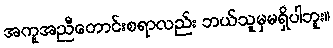
အကူအညီတောင်းစရာလည်း ဘယ်သူမှမရှိပါဘူး။